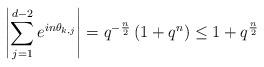
LaTeX: \begin{align*} \left | \sum_{j=1}^{d-2} e^{i n \theta_{k,j}} \right| & = q^{-\frac{n}{2}} \left( 1 + q^n \right) \leq 1 + q^{\frac{n}{2}} \end{align*}